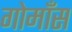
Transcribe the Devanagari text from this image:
गोमाँस